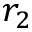
r _ { 2 }